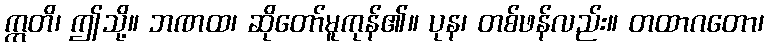
ဣတိ၊ ဤသို့။ ဘဏထ၊ ဆိုတော်မူကုန်၏။ ပုန၊ တစ်ဖန်လည်း။ တထာဂတော၊